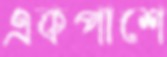
একপাশে